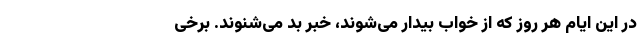
در این ایام هر روز که از خواب بیدار می‌شوند، خبر بد می‌شنوند. برخی